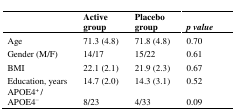
<table><thead><tr><td></td><td><b>Active group</b></td><td><b>Placebo group</b></td><td><b><i>p value</i></b></td></tr></thead><tbody><tr><td>Age</td><td>71.3 (4.8)</td><td>71.8 (4.8)</td><td>0.70</td></tr><tr><td>Gender (M/F)</td><td>14/17</td><td>15/22</td><td>0.61</td></tr><tr><td>BMI</td><td>22.1 (2.1)</td><td>21.9 (2.3)</td><td>0.67</td></tr><tr><td>Education, years</td><td>14.7 (2.0)</td><td>14.3 (3.1)</td><td>0.52</td></tr><tr><td>APOE4<sup>+</sup> / APOE4<sup>-</sup></td><td>8/23</td><td>4/33</td><td>0.09</td></tr></tbody></table>